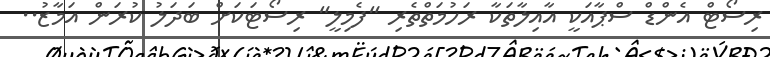
ރިސޯޓް އެންޑް ސްޕާއަކީ އާއިލާތަކާ ރަހުމަތްތެރި "ފެމިލީ" ރިސޯޓަކަށް ބަދަލު ކުރަން އަމާޒު..